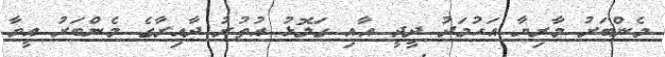
މެންބަރު މާރިޔާ އަހުމަދު ދީދީ އާއި ގަލޮޅު އުތުރު ދާއިރާގެ މެންބަރު އީވާ